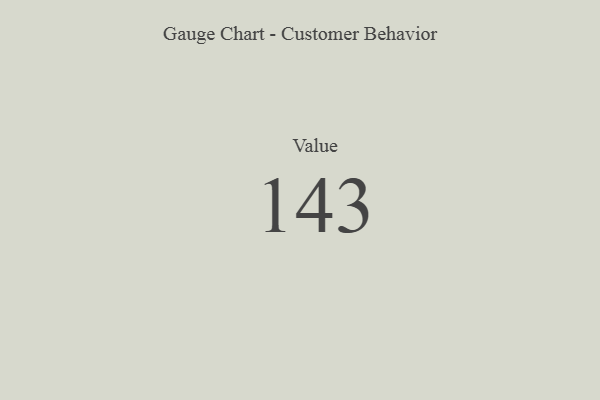
{"axis": {"x": "Metric", "y": "Value"}, "legend": [""], "data": [{"x": "Value", "y": 143, "type": ""}]}